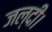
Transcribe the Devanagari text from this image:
जल्दी।